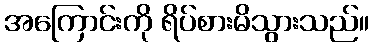
အကြောင်းကို ရိပ်စားမိသွားသည်။